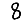
Digit: 8